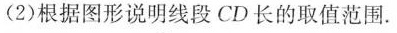
(2)根据图形说明线段CD长的取值范围。图23-7